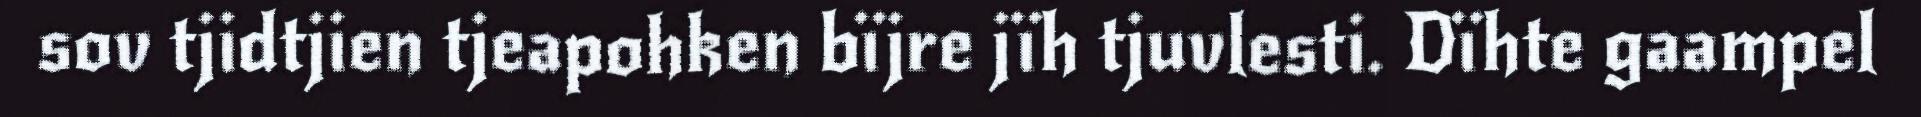
sov tjidtjien tjeapohken bïjre jïh tjuvlesti. Dïhte gaampel